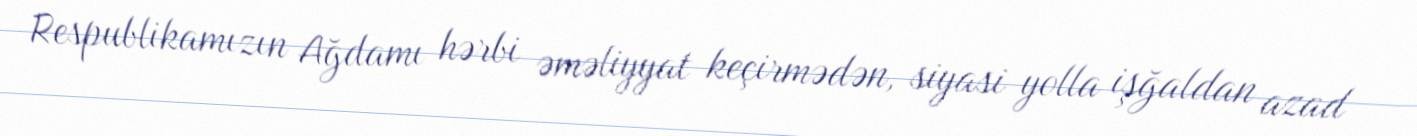
Respublikamızın Ağdamı hərbi əməliyyat keçirmədən, siyasi yolla işğaldan azad